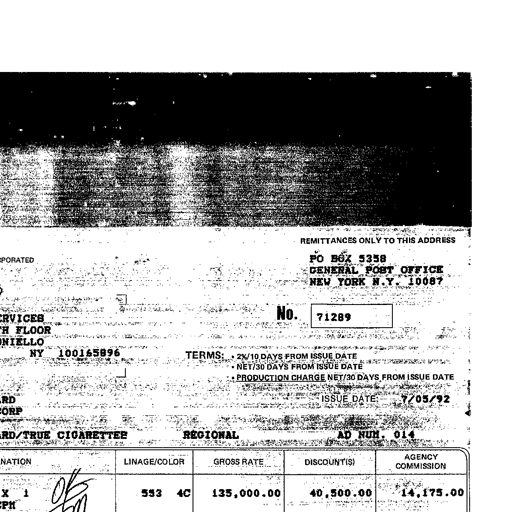
REMITTANCES ONLY TO THIS ADDRESS
PO BOX 5358
GENERAL POST OFFICE
NEW YORK N.Y. 10087
SERVICES
FLOOR
NIELLO
NY 100165896
No. 71289
TERMS: • 2%/10 DAYS FROM ISSUE DATE
• NET/30 DAYS FROM ISSUE DATE
• PRODUCTION CHARGE NET/30 DAYS FROM ISSUE DATE
ISSUE DATE: 7/05/92
TRUE CIGARETTES REGIONAL AD NUM. 014
LINAGE/COLOR GROSS RATE DISCOUNT(S) AGENCY COMMISSION
X 1 OK 553 4C 135,000.00 40,500.00 14,175.00